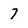
Character: 7